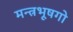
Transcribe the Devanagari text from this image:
मन्त्रभूषगो